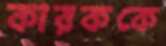
কারককে